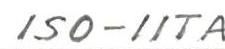
ISO-IITA